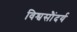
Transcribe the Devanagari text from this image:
विश्वसौंदर्य